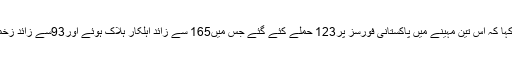
انہوں نے کہا کہ اس تین مہینے میں پاکستانی فورسز پر123 حملے کئے گئے جس میں165 سے زائد اہلکار ہلاک ہوئے اور93سے زائد زخمی ہوگئے۔